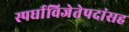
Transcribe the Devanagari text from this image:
स्पर्धाविजेतेपदांसह